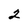
Character: 2